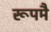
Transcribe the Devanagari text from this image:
रूपमै